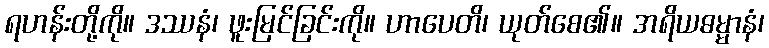
ရဟန်းတို့ကို။ ဒဿနံ၊ ဖူးမြင်ခြင်းကို။ ဟာပေတိ၊ ယုတ်စေ၏။ အရိယဓမ္မာနံ၊